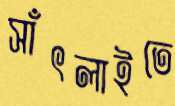
সাঁৎলাইতে